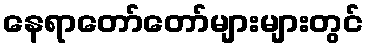
နေရာတော်တော်များများတွင်